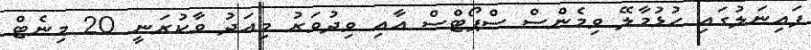
ފައިނަލުގައި ހުޅުމާލޭ ވިމެންސް ސްޕޯޓްސް އާއި ވިދުވަރު މިއަދު ވާކުރަނީ 20 މިނެޓް